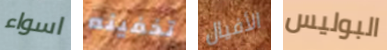
اسواء تخفينه الأفيال البوليس